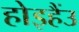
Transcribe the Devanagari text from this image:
होइहैंउ